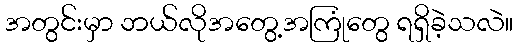
အတွင်းမှာ ဘယ်လိုအတွေ့အကြုံတွေ ရရှိခဲ့သလဲ။